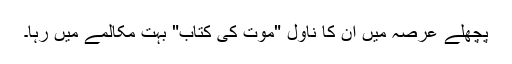
پچھلے عرصہ میں ان کا ناول "موت کی کتاب" بہت مکالمے میں رہا۔